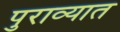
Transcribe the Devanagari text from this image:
पुराव्यात